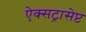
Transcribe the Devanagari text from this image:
ऐक्सट्रासेप्ट